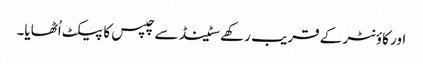
اور کاؤنٹر کے قریب رکھے سٹینڈ سے چپس کا پیکٹ اُٹھایا۔